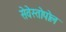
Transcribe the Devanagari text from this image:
सेवेस्तोपोल